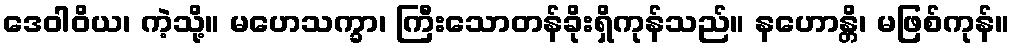
ဒေဝါဝိယ၊ ကဲ့သို့။ မဟေသက္ခာ၊ ကြီးသောတန်ခိုးရှိကုန်သည်။ နဟောန္တိ၊ မဖြစ်ကုန်။